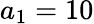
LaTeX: a_{1}=10